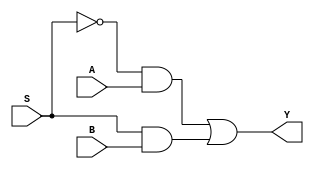
`timescale 1ns / 1ps
`default_nettype none
///////////////////////////////////////////////////////
// Module Name:	two_one_mux
//
///////////////////////////////////////////////////////
module two_one_mux(Y, A, B, S);
    //declare output and input wires
    output wire Y;
    input wire A, B, S;

    // Declare internal nets
    wire notS; // Wire to carry not S
    wire andA; // Wire to carry andA
    wire andB; // Wire to carry andB

    // instatiate gate-level modules
    not not0(notS, S); // invert S
    and and0(andA, notS, A); // and of notS and A
    and and1(andB, S, B); // and of S and B
    or or0(Y, andA, andB); // or andA and and B
endmodule